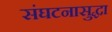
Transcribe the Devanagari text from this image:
संघटनासुद्धा